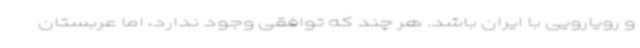
و رویارویی با ایران باشد. هر چند که توافقی وجود ندارد، اما عربستان